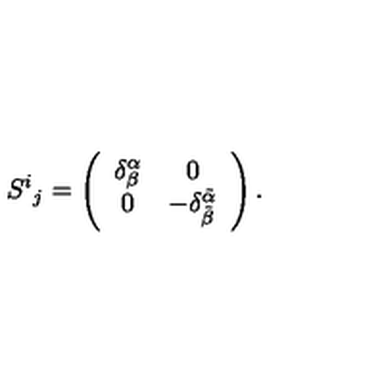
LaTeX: S ^ { i } { } _ { j } = \left( \begin{array} { c c } { \delta _ { \beta } ^ { \alpha } } & { 0 } \\ { 0 } & { - \delta _ { \tilde { \beta } } ^ { \tilde { \alpha } } } \\ \end{array} \right) .